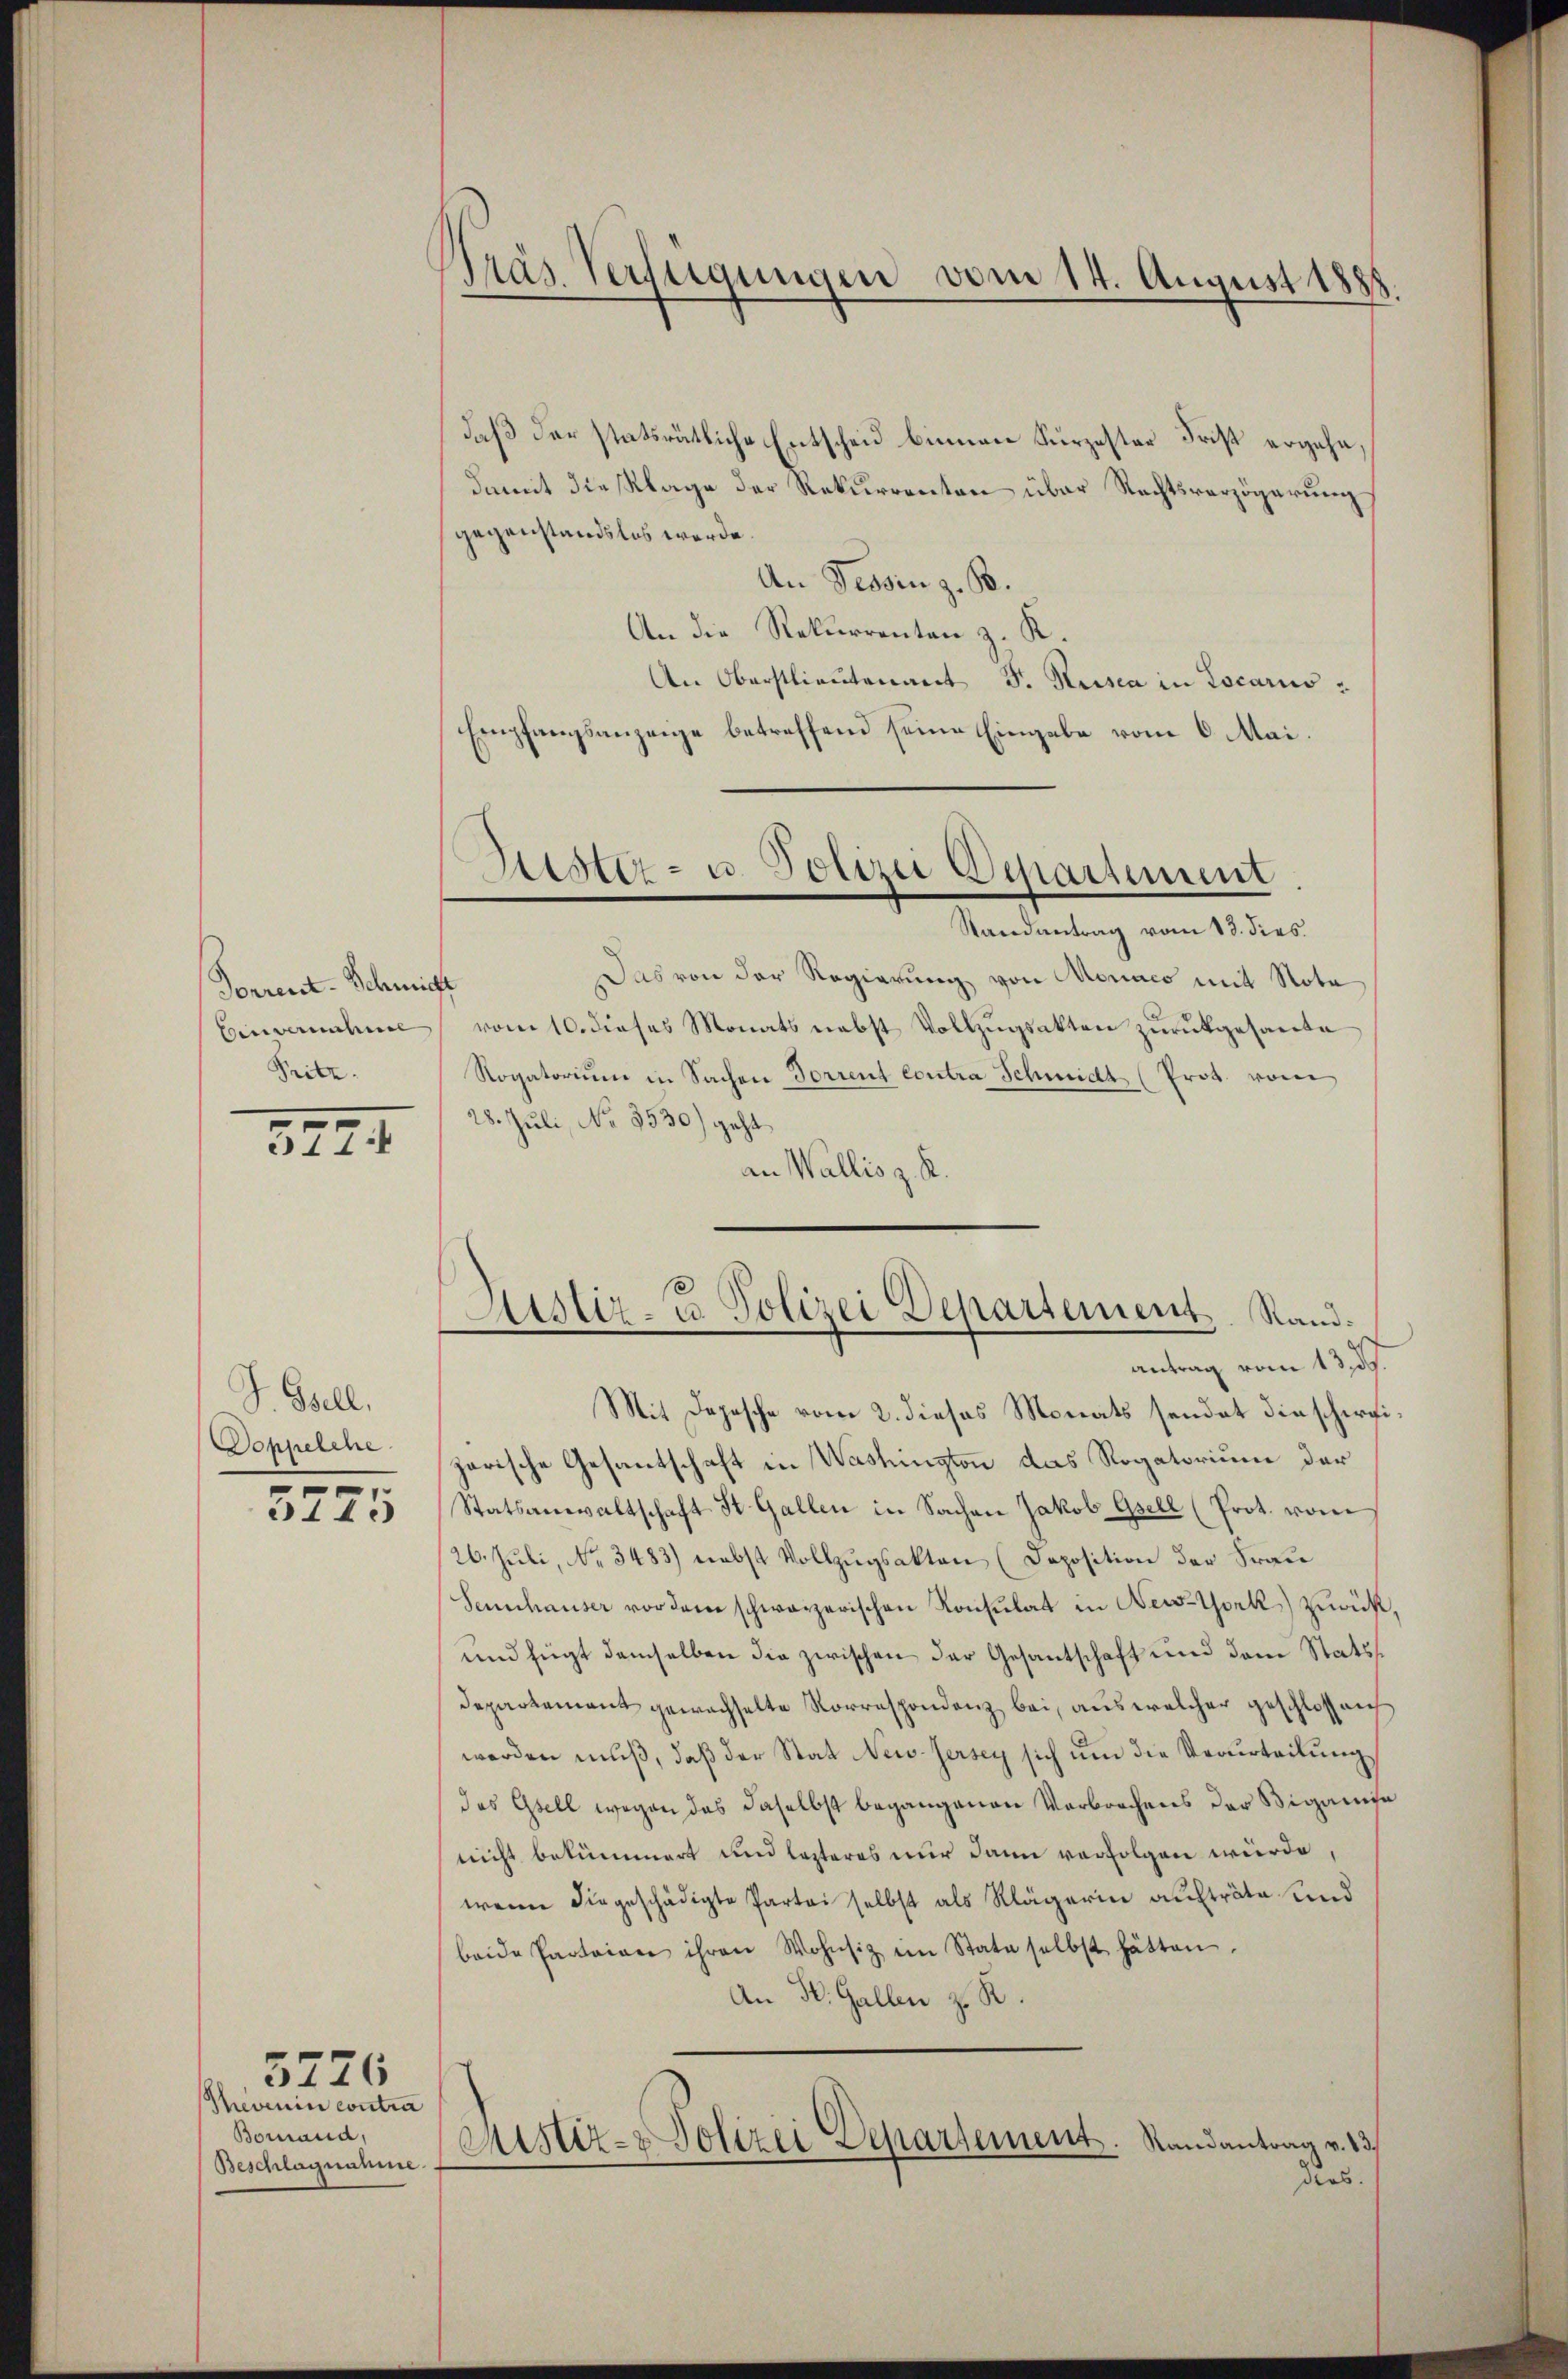
Forrent-Schmitt
Einventuel
Pritz

3774

S. Bell.
Doppelche

44.)

Theverin contra
Bomand,
Beschlagnahme.

5776

Präs. Verfügungen vom 14. August 1888.

daß der statsrätliche Entscheid binnen Kurzester Frist ergehe
damit die Klage der Rekurrenten über Rechtsverzögerung
gegenstandslos werde.
An Tessin z. B.
An die Rekurrenten z. K.
An Oberstlieutenant D. Reisea in Locaris
Empfangsanzeige betreffend seine Eingabe vom 6. Mai.
Aster- u. Polizei Departement
Randantrag vom 13. dies
Das von der Regierung von Monaco mit Nota
vom 10. dieses Monats nebst Vollzŭgsakten zurückgesante
Rogatoriŭm in Sachen Forrent contra Schmidt (Prot. vom
28. Juli, No 3530) geht
an Wallis z. K.

Aisler- u Polizei Departement. Stand.
antrag vom 13. ds.
Mit Depesche vom 2. dieses Monats sendat diescheri¬

zarische Gesantschaft in Washington das Rogatorium der
Statsanwaltschaft St. Gallen in Sachen Jakob Gsell (Prot. vom
26. Juli, No. 3483) nebst Vollzugsakten (Deposition der Frau
Sennhauser vor dem schwarzerischen Konsulat in New-York zurück,
und fügt demselben die zwischen der Gesantschaft und dem Stats
Departement gewachselte Korrespondenz bei, aus welcher geschlossen
werden muß, daß der Stat New-Jersey sich um die Verurteilung
das Gesell wegen das daselbst begangenen Verbrechens der Bigamie
nicht bekümmert und lezteres nur dann verfolgen wurde,
wenn die geschädigte Partei selbst als Klägerin aufträte und
beide Parteien ihren Wohnsiz im State selbst hätten.
An St. Gallen z. R.
Justiz- & Polizei Departement. Randantrag v. 13.
dies